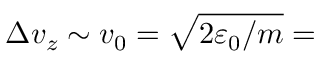
\Delta v _ { z } \sim v _ { 0 } = \sqrt { 2 \varepsilon _ { 0 } / m } =